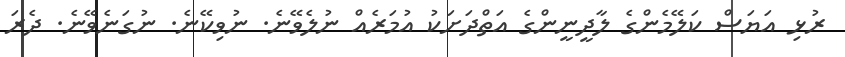
ރުޅި އަޔަސް ކަލޭމެންގެ ލާދީނީންގެ އަތްދަށަކު އުމަރެއް ނުލެވޭނެ. ނުވިކޭނެ. ނުގަނެވޭނެ. ދެރަ